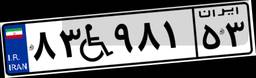
۵۳W۰۹۱۶۲